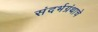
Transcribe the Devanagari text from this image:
संदर्भग्रंथाचे